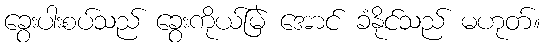
ခွေးပါးစပ်သည် ခွေးကိုယ်မြဲ အောင် ခံနိုင်သည် မဟုတ်။